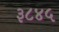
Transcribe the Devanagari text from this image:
३८४५